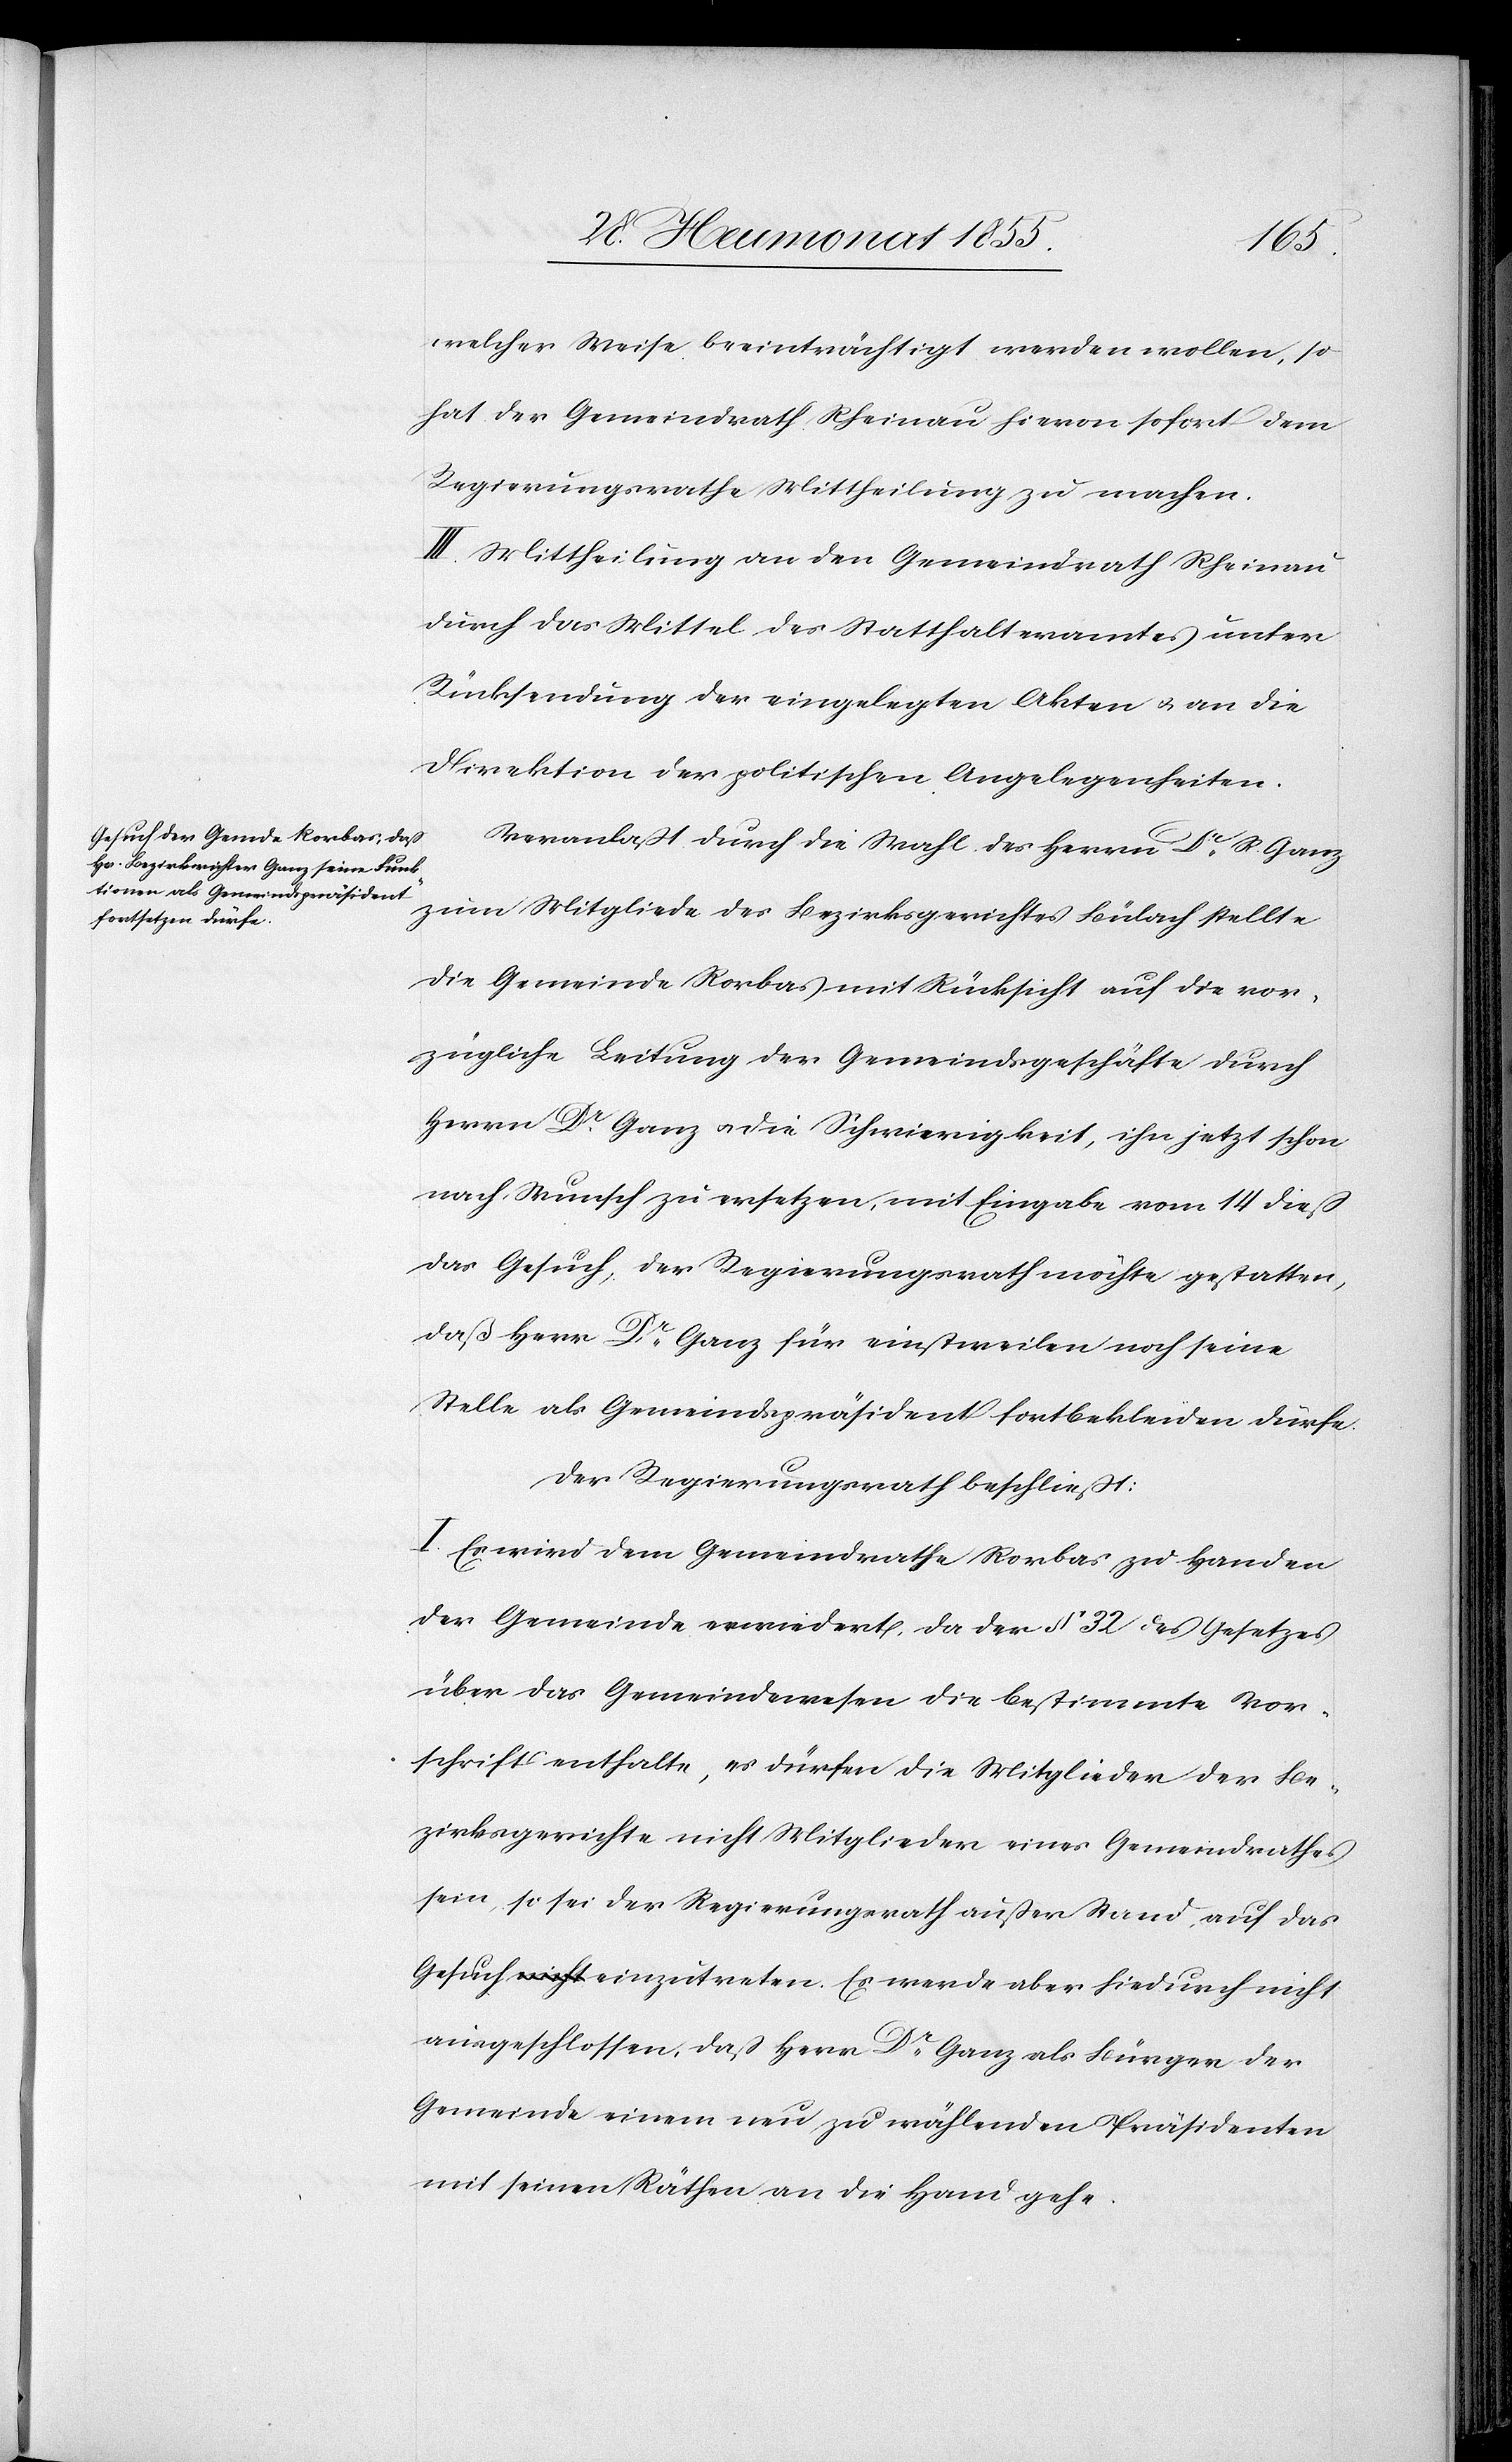
welcher Weise beeinträchtigt werden wollen, so
hat der Gemeindrath Rheinau hievon sofort dem
Regierungsrathe Mittheilung zu machen.
III. Mittheilung an den Gemeindrath Rheinau
durch das Mittel des Statthalteramtes unter
Rücksendung der eingelegten Akten & an die
Direktion der politischen Angelegenheiten.
Veranlaßt durch die Wahl des Herrn Dr. [?R.] Ganz
zum Mitgliede des Bezirksgerichtes Bülach stellte
die Gemeinde Rorbas mit Rücksicht auf die vor¬
zügliche Leitung der Gemeindsgeschäfte durch
Herrn Dr. Ganz & die Schwierigkeit, ihn jetzt schon
nach Wunsch zu ersetzen, mit Eingabe vom 14 dieß
das Gesuch, der Regierungsrath möchte gestatten,
daß Herr Dr. Ganz für einstweilen noch seine
Stelle als Gemeindspräsident fortbekleiden dürfe.
Der Regierungsrath beschließt:
I. Es wird dem Gemeindrathe Rorbas zu Handen
der Gemeinde erwiedert, da der § 32 des Gesetzes
über das Gemeindewesen die bestimmte Vor¬
schrift enthalte, es dürfen die Mitglieder der Be¬
zirksgerichte nicht Mitglieder eines Gemeindrathes
sein, so sei der Regierungsrath außer Stand, auf das
Gesuch a-nicht-a einzutreten. Es werde aber hiedurch nicht
ausgeschlossen, daß Herr Dr. Ganz als Bürger der
Gemeinde einem neu zu wählenden Präsidenten
mit seinen Räthen an die Hand gehe.